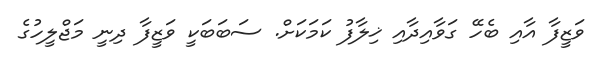
ވަޒީފާ އާއި ބެހޭ ގަވާއިދާއި ޚިލާފު ކަމަކަށް. ސަބަބަކީ ވަޒީފާ ދިނީ މަޖްލީހުގެ